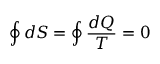
\oint d S = \oint { \frac { d Q } { T } } = 0